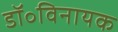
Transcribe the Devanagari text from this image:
डॉ॰विनायक